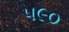
૫૯૦